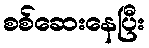
စစ်ဆေးနေပြီး